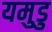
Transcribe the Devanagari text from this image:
यमुडु